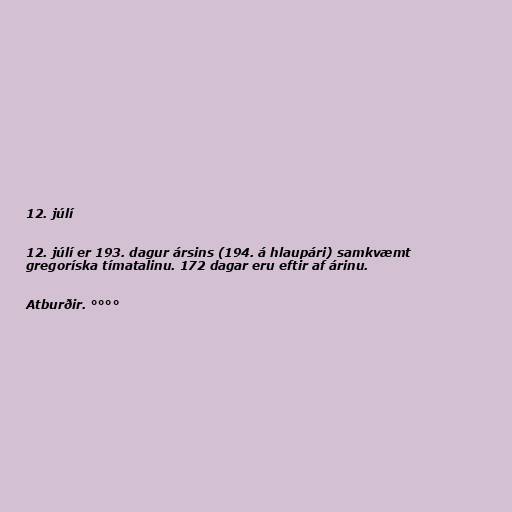
12. júlí

12. júlí er 193. dagur ársins (194. á hlaupári) samkvæmt
gregoríska tímatalinu. 172 dagar eru eftir af árinu.

Atburðir. °°°°